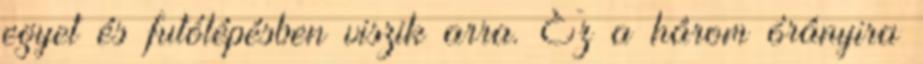
egyet és futólépésben viszik arra. Ez a három órányira